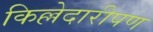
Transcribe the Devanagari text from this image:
किल्लेदारीपण